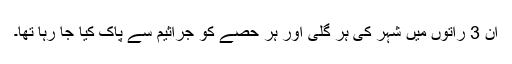
ان 3 راتوں میں شہر کی ہر گلی اور ہر حصے کو جراثیم سے پاک کیا جا رہا تھا۔